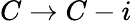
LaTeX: C\rightarrow C-i